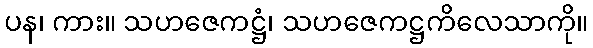
ပန၊ ကား။ သဟဇေကဋ္ဌံ၊ သဟဇေကဋ္ဌကိလေသာကို။